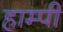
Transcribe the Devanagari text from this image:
हाम्पी